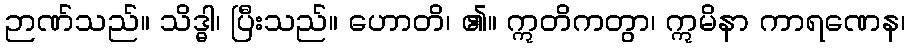
ဉာဏ်သည်။ သိဒ္ဓါ၊ ပြီးသည်။ ဟောတိ၊ ၏။ ဣတိကတွာ၊ ဣမိနာ ကာရဏေန၊